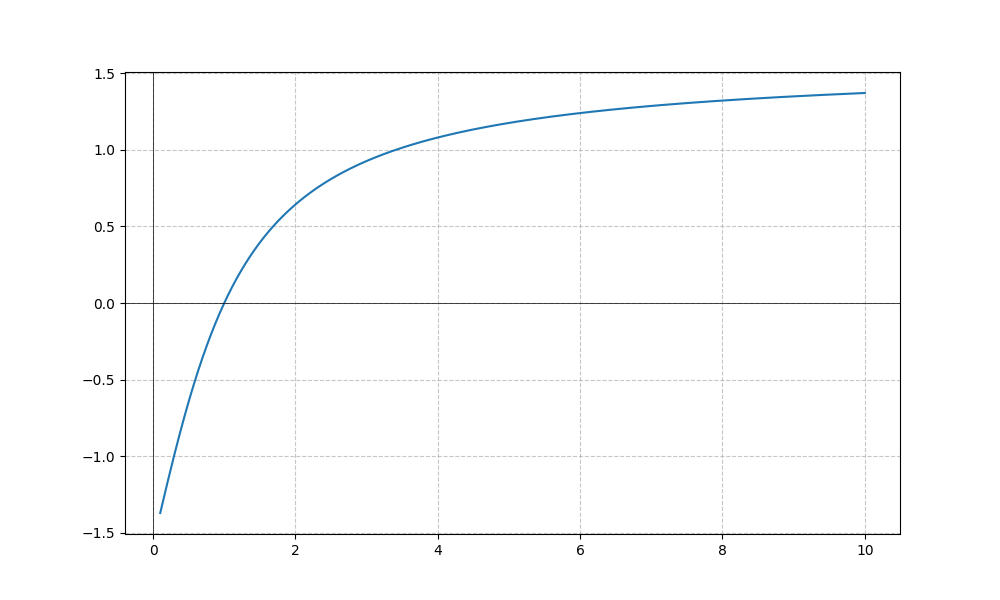
LaTeX formula: - \operatorname{acot}{\left(x \right)} + \operatorname{atan}{\left(x \right)}